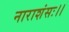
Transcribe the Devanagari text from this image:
नाराशंसः।।